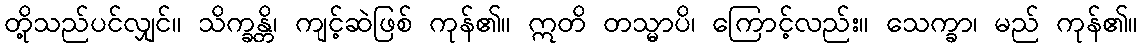
တို့သည်ပင်လျှင်။ သိက္ခန္တိ၊ ကျင့်ဆဲဖြစ် ကုန်၏။ ဣတိ တသ္မာပိ၊ ကြောင့်လည်း။ သေက္ခာ၊ မည် ကုန်၏။